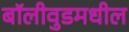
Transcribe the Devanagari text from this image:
बॉलीवुडमधील